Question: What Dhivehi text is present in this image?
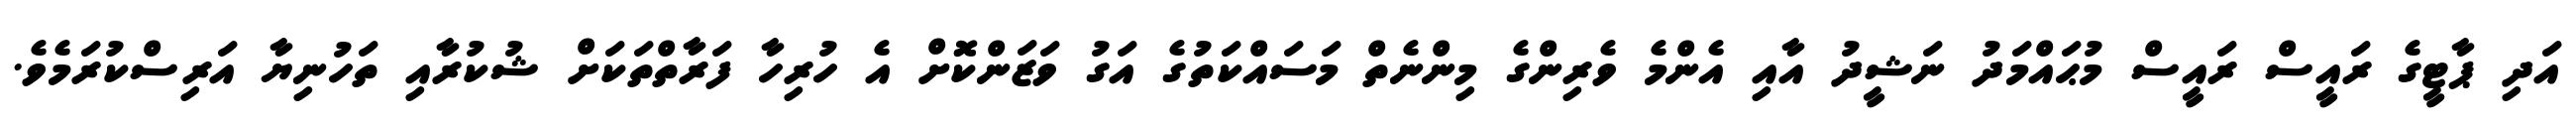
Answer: އަދި ޕާޓީގެ ރައީސް ރައީސް މުޙައްމަދު ނަޝީދު އާއި އެންމެ ވެރިންގެ މިންނެތް މަސައްކަތުގެ އަގު ވަޒަންކޮށް އެ ހުރިހާ ފަރާތްތަކަށް ޝުކުރާއި ތަހުނިޔާ އަރިސްކުރަމެވެ.